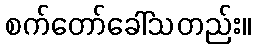
စက်တော်ခေါ်သတည်း။